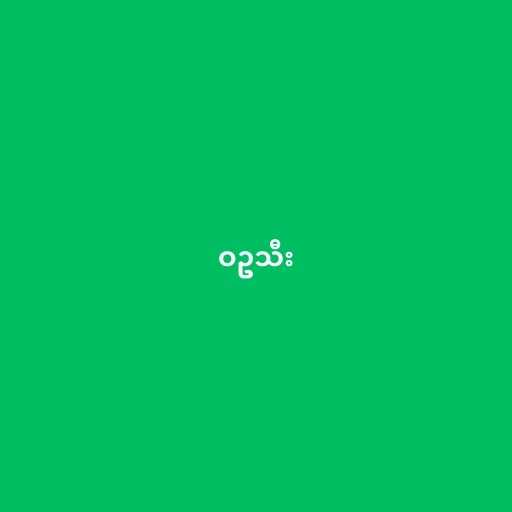
ဝဥသီး